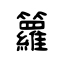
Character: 籮